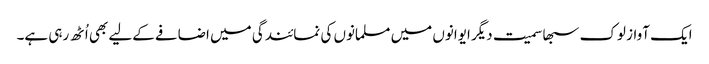
ایک آواز لوک سبھا سمیت دیگر ایوانوں میں مسلمانوں کی نمائندگی میں اضافے کےلیے بھی اُٹھ رہی ہے۔